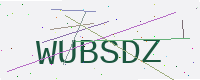
Text: WUBSDZ